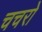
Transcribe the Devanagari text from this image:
चचरो